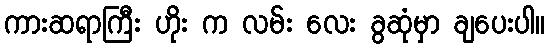
ကားဆရာကြီး ဟိုး က လမ်း လေး ခွဆုံမှာ ချပေးပါ။